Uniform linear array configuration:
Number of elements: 16
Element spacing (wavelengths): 0.75
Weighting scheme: exponential
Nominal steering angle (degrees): -45
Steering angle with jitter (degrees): -45.296
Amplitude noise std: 0.05
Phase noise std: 0.05

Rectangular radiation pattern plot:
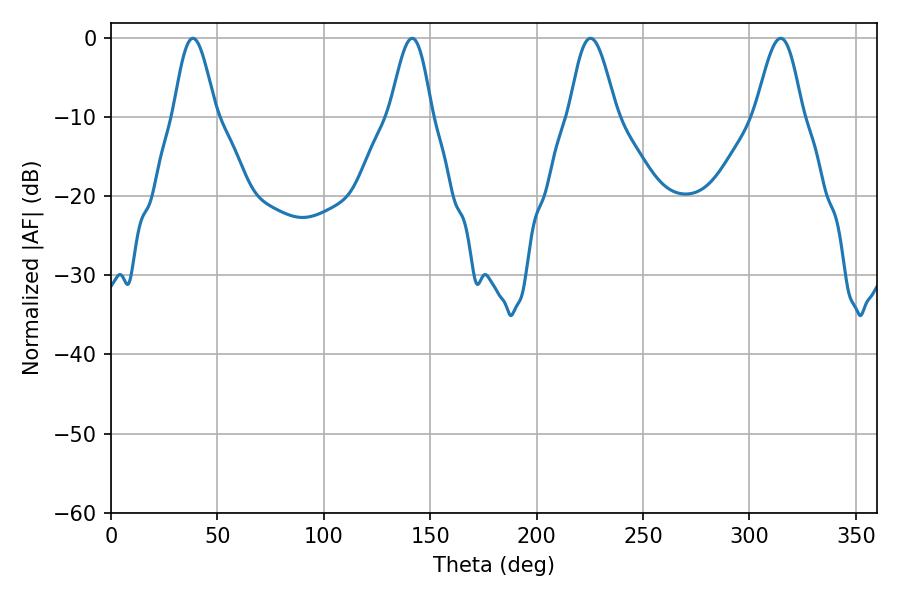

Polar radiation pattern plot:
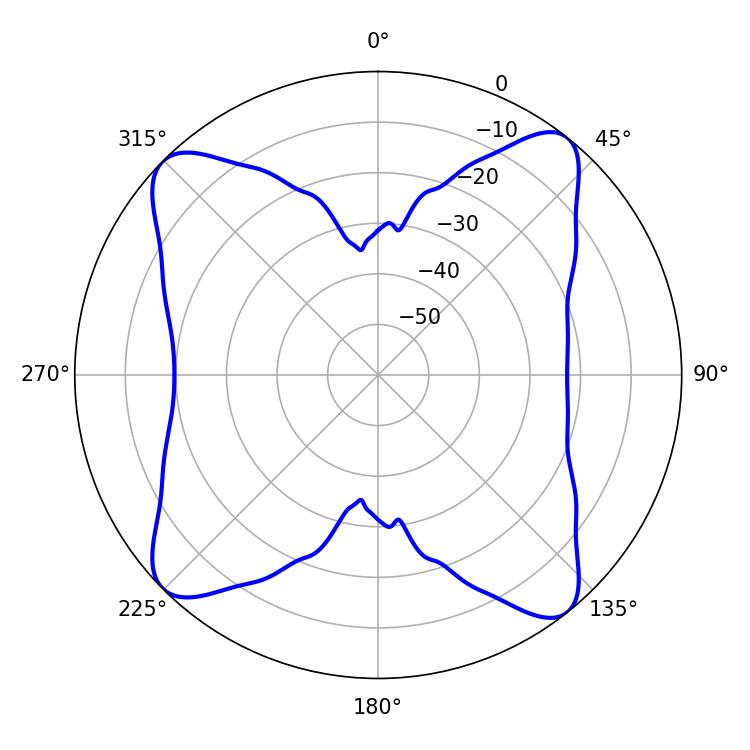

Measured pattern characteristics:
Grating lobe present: TRUE
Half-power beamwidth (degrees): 10.44
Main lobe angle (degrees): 38.52